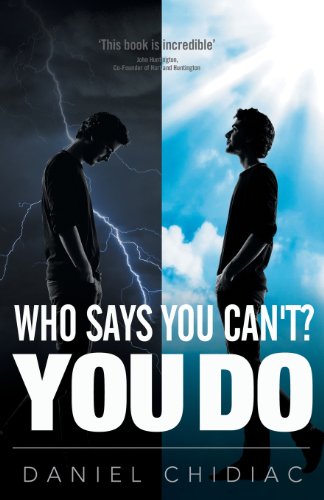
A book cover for Who Says You Can't? You Do; Daniel Chidiac; Self-Help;